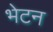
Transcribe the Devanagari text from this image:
भेटन